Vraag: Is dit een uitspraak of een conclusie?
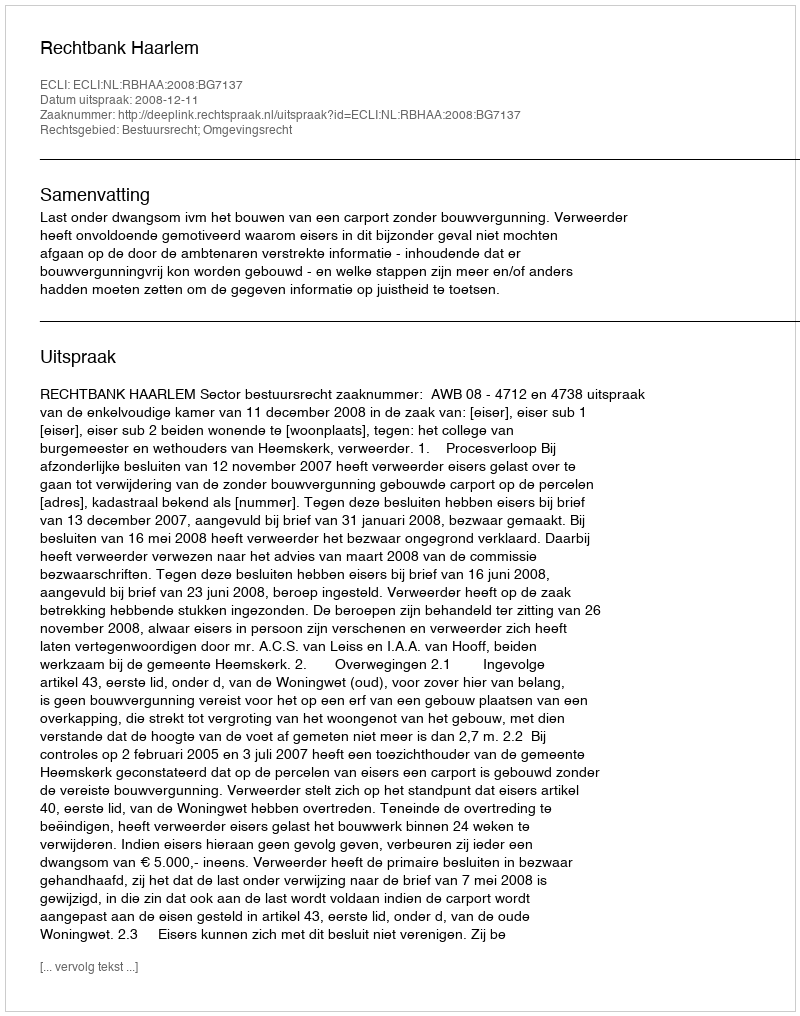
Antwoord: Uitspraak